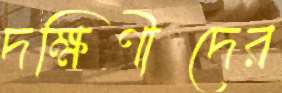
দক্ষিণীদের